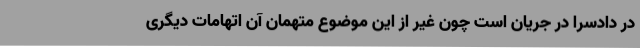
در دادسرا در جریان است چون غیر از این موضوع متهمان آن اتهامات دیگری